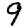
Digit: 9